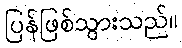
ပြန်ဖြစ်သွားသည်။